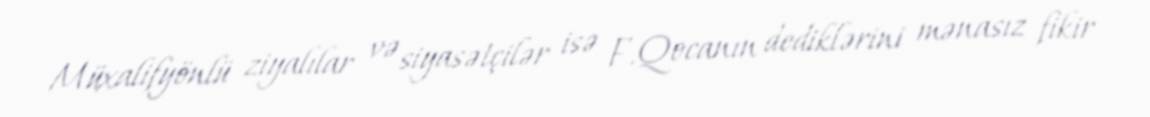
Müxalifyönlü ziyalılar və siyasətçilər isə F.Qocanın dediklərini mənasız fikir